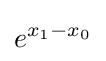
e^{x_{1}-x_{0}}